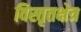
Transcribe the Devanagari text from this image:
विस्तृतक्षेत्र